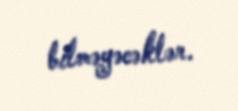
bilməyəcəklər.